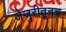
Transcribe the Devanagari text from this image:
जेजुरीतूनच